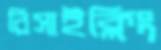
রিসাইক্লিং